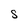
Character: S